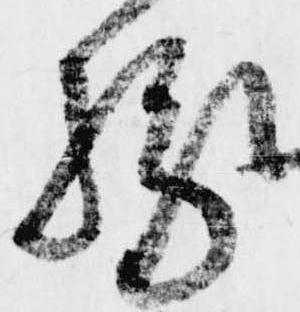
縁